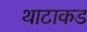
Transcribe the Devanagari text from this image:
थाटाकड